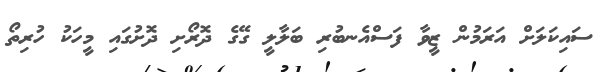
ސައިކަލަށް އަރަމުން ޒީވާ ފަސްއެނބުރި ބަލާލީ ގޭގެ ދޮރޯށި ދޮށުގައި މީހަކު ހުރިތޯ